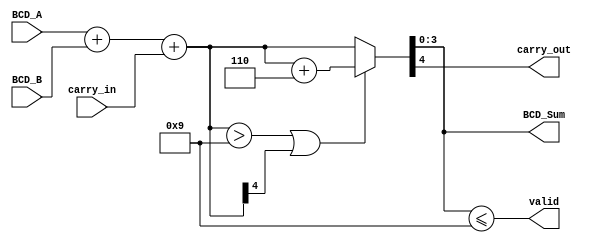
module BCD_Redundant_Binary_Adder (
    input  wire [3:0] BCD_A,      // 4-bit BCD input A
    input  wire [3:0] BCD_B,      // 4-bit BCD input B
    input  wire carry_in,          // 1-bit carry input
    output reg  [3:0] BCD_Sum,     // 4-bit BCD sum output
    output reg  carry_out,         // 1-bit carry output
    output reg  valid              // 1-bit valid output
);

    // Internal wires
    wire [4:0] redundant_A;       // Redundant binary representation of A
    wire [4:0] redundant_B;       // Redundant binary representation of B
    wire [4:0] redundant_sum;     // Sum in redundant binary format
    wire [4:0] corrected_sum;     // Corrected sum after BCD correction

    // Convert BCD inputs to redundant binary format
    assign redundant_A = {1'b0, BCD_A}; // Extend to 5 bits
    assign redundant_B = {1'b0, BCD_B}; // Extend to 5 bits

    // Perform redundant binary addition
    assign redundant_sum = redundant_A + redundant_B + carry_in;

    // Check for BCD correction (if sum > 9 or carry out)
    always @(*) begin
        if (redundant_sum > 5'b01001 || redundant_sum[4]) begin
            corrected_sum = redundant_sum + 5'b00110; // Add 6 in binary
        end else begin
            corrected_sum = redundant_sum; // No correction needed
        end
    end

    // Assign outputs
    always @(*) begin
        BCD_Sum = corrected_sum[3:0]; // Take the lower 4 bits as the result
        carry_out = corrected_sum[4]; // Most significant bit as carry out
        valid = (BCD_Sum <= 4'b1001);  // Valid if BCD_Sum is less than or equal to 9
    end

endmodule